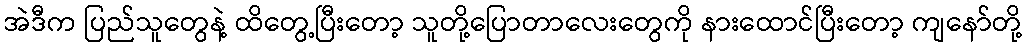
အဲဒီက ပြည်သူတွေနဲ့ ထိတွေ့ပြီးတော့ သူတို့ပြောတာလေးတွေကို နားထောင်ပြီးတော့ ကျနော်တို့